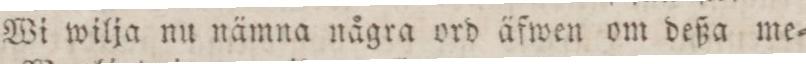
Wi wilja nu nämna några ord äfwen om deßa me=